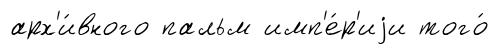
арх'и́вного пальм имп'е́р'иjи того́